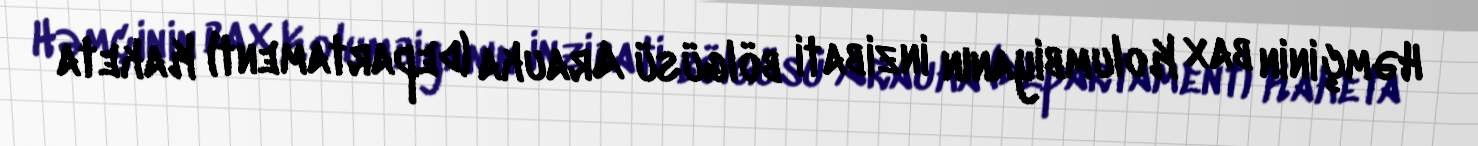
Həmçinin bax Kolumbiyanın inzibati bölgüsü Arauka (departament) Kaketa